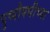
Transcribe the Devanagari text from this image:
पुष्पौषधीच्या